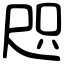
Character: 咫